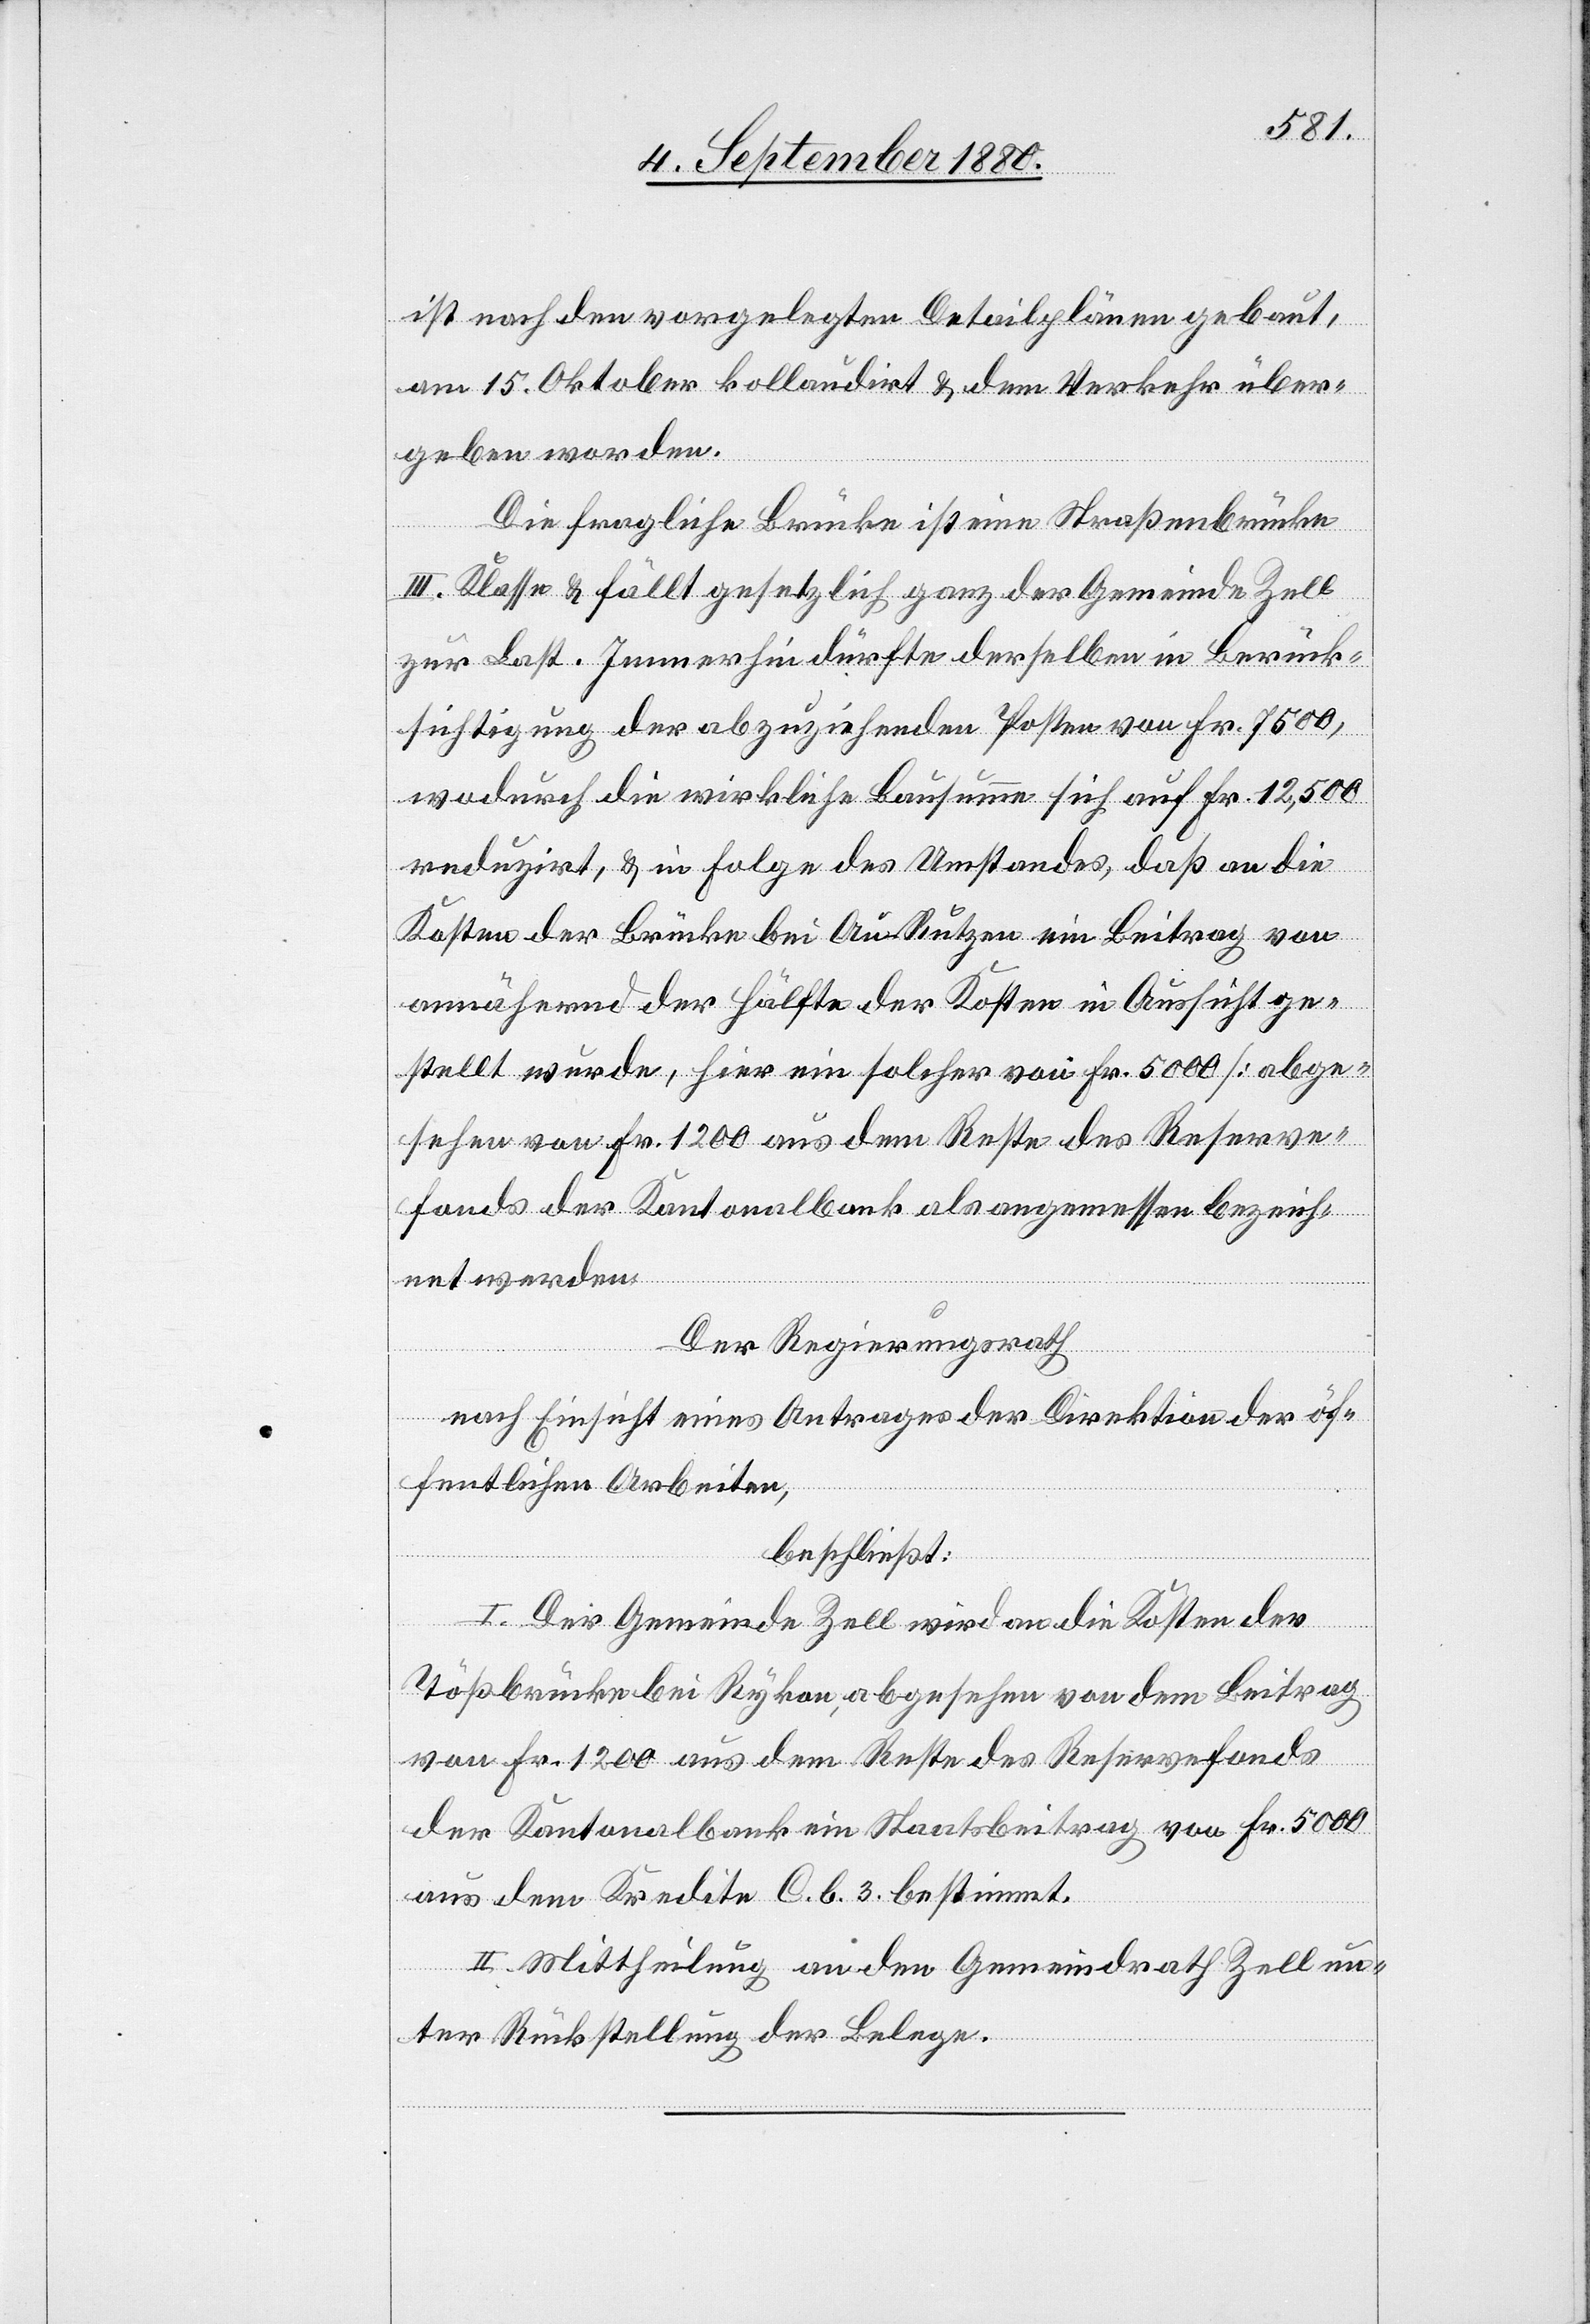
ist nach den vorgelegten Detailplänen gebaut,
am 15. Oktober kollaudirt & dem Verkehr über¬
geben worden.
Die fragliche Brücke ist eine Straßenbrücke
III. Klasse & fällt gesetzlich ganz der Gemeinde Zell
zur Last. Immerhin dürfte derselben in Berück¬
sichtigung der abzuziehenden Posten von Fr. 7500,
wodurch die wirkliche Bausumme sich auf Fr. 12,500
reduzirt, & in Folge des Umstandes, daß an die
Kosten der Brücke bei Au - Rutzen ein Beitrag von
annähernd der Hälfte der Kosten in Aussicht ge¬
stellt wurde, hier ein solcher von Fr. 5000 [abge¬
sehen von Fr. 1200 aus dem Reste des Reserve¬
fonds der Kantonalbank[]]als angemessen bezeich¬
net werden.
Der Regierungsrath
nach Einsicht eines Antrages der Direktion der öf¬
fentlichen Arbeiten
beschließt:
I. Der Gemeinde Zell wird an die Kosten der
Tößbrücke bei Rykon, abgesehen von dem Beitrag
von Fr. 1200 aus dem Reste des Reservefonds
der Kantonalbank ein Staatsbeitrag von Fr. 5000
aus dem Kredite C. b. 3. bestimmt.
II. Mittheilung an den Gemeindrath Zell un¬
ter Rückstellung der Belege.